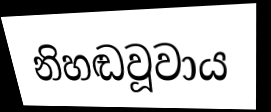
නිහඬවූවාය